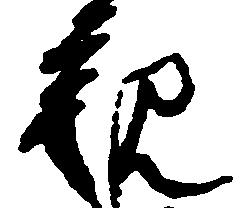
観